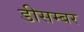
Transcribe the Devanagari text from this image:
डीसम्बर